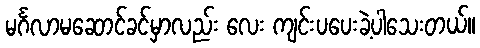
မင်္ဂလာမဆောင်ခင်မှာလည်း လေး ကျင်းပပေးခဲ့ပါသေးတယ်။